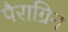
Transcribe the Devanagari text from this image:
पैराग्रिन